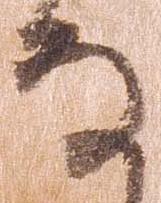
な